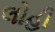
લોહી